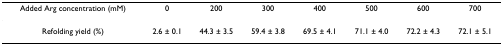
| Added Arg concentration (mM) | 0 | 200 | 300 | 400 | 500 | 600 | 700 |
 | --- | --- | --- | --- | --- | --- | --- | --- |
 | Refolding yield (%) | 2.6 ± 0.1 | 44.3 ± 3.5 | 59.4 ± 3.8 | 69.5 ± 4.1 | 71.1 ± 4.0 | 72.2 ± 4.3 | 72.1 ± 5.1 |